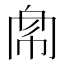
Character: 𢃁